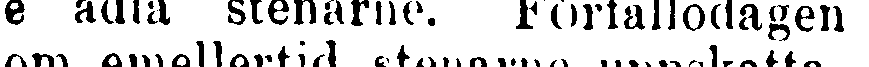
de adla stenarne. Förfallodagen